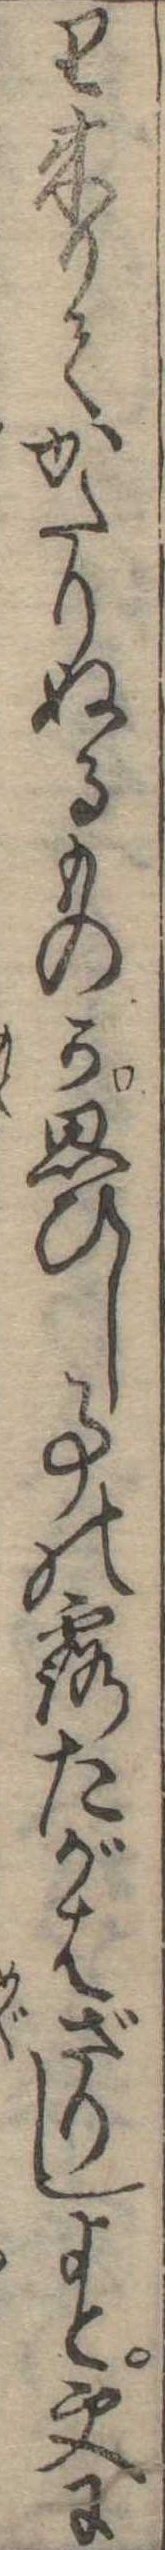
り来りてかたりぬるものか思ひし事の露たがはざりしよと更に